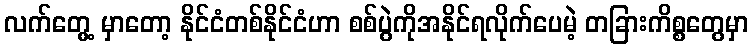
လက်တွေ့ မှာတော့ နိုင်ငံတစ်နိုင်ငံဟာ စစ်ပွဲကိုအနိုင်ရလိုက်ပေမဲ့ တခြားကိစ္စတွေမှာ